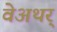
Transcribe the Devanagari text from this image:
वेअथर्